Annual statistical returns and brief notes on vaccination in Bengal - 1896-1909
Year: 1896
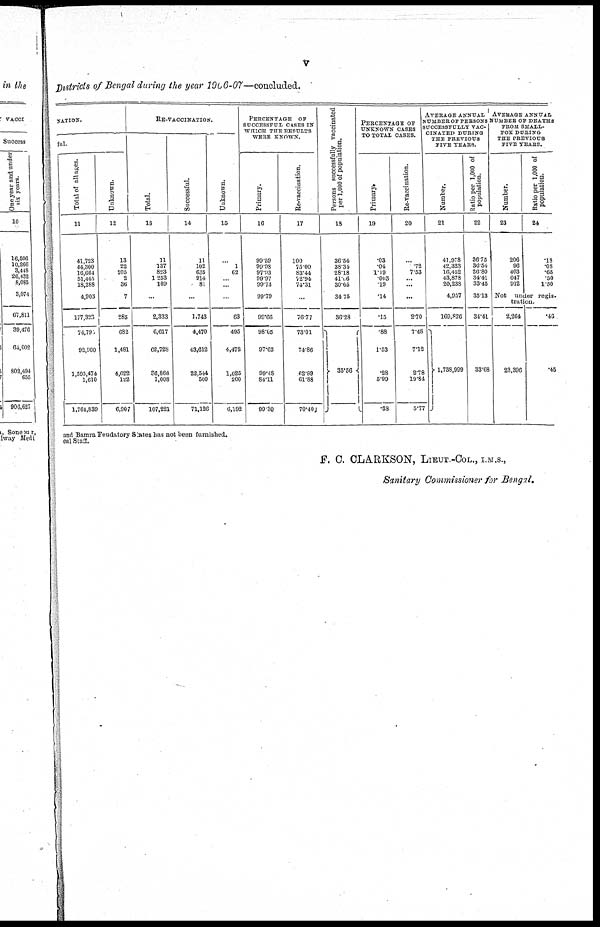
v
Ditstricts of Bengal during the year 1906-07—concluded.
NATION.
ful.
Total of all ages.
11
41,723
44,300
16,664
51,445
13,288
4,903
177,323
74.790
92,960
1,595,474
1,610
1,764,839
Unknown.
12
13
22
205
2
36
7
285
682
1,481
4,622
122
6,907
RE-VACCINATION.
Total.
13
11
137
823
1,253
109
...
2,333
6,617
62,728
80,868
1,008
107,221
Successful.
14
11
102
635
914
81
...
1,743
4,470
43,612
22,544
500
71,126
Un k n o wn .
15
...
1
62
...
...
...
63
495
4,472
1,025
200
6,192
PERCENTAGE OF
SUCCESSFUL CASES IN
WHICH THE RESULTS
WERE KNOWN.
Primary.
16
99.59
99.98
97.93
99.97
99.73
99.79
99.66
98.05
97.62
99.48
84.11
99.30
Re-vaccination.
17
100
75.00
83.44
72.94
74.31
...
76.77
73.01
74.86
62.89
61.88
70.400
Persons successfully vaccinated
per 1,000 of population.
18
36.54
38.34
28.18
41.66
30.65
34.75
36.28
35.56
PERCENTAGE OF
UNKNOWN CASES
TO TOTAL CASES.
Primary.
19
.03
.04
1.19
.003
.19
.14
.15
.88
1.53
.28
5.99
.38
Re-vaccination.
20
...
.72
7.53
...
...
...
2.70
7.48
7.12
2.78
19.84
5.77
AVERAGE ANNUAL
NUMBER OF PERSONS
SUCCESSFULLY VAC-
------- DURING
THE PREVIOUS
FIVE YEARS.
Number.
21
41,978
42,323
16,452
43,878
20,238
4,957
169,826
1,738,999
Ratio per 1,000 of
population.
22
36.75
36.54
26.80
34.41
33.45
35.13
34.41
33.68
AVERAGE ANNUAL
NUMBER OF DEATHS
FROM SMALL-
--- DURING
THE PREVIOUS
FIVE YEARS.
Number.
23
206
96
403
647
912
Ratio per 1,000 of
population.
24
.13
.08
.65
.50
1.50
Not under regis-
tration.
2,264
23,396
.46
.45
and Bamra Feudatory States has not been furnished.
eal Staff.
F. C. CLARKSON, LIEUT.-COL., I.M.S.,
Sanitary Commissioner for Bengal.